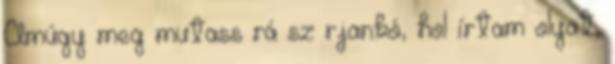
Amúgy meg mutass rá sz rjankó, hol írtam olyat,